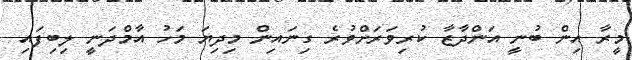
މީރާ އިން ބުނީ އަންދާޒާ ކުރިވަރަށްވުރެ ގިނައިން މިދިޔަ މަހު އާމްދަނީ ލިބިފައި